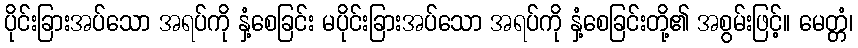
ပိုင်းခြားအပ်သော အရပ်ကို နှံ့စေခြင်း မပိုင်းခြားအပ်သော အရပ်ကို နှံ့စေခြင်းတို့၏ အစွမ်းဖြင့်။ မေတ္တံ၊